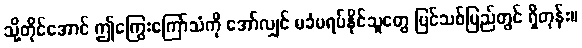
သို့တိုင်အောင် ဤကြွေးကြော်သံကို အော်လျှင် မခံမရပ်နိုင်သူတွေ ပြင်သစ်ပြည်တွင် ရှိတုန်း။